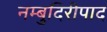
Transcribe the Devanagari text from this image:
नम्बुदिरीपाद